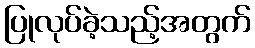
ပြုလုပ်ခဲ့သည့်အတွက်